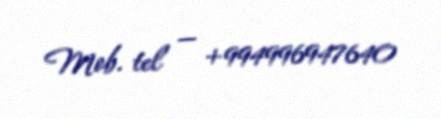
Mob. tel — +994996947640